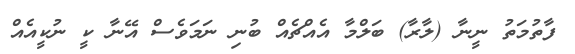
ފާތުމަތު ނީނާ (ލާރާ) ބަލްމާ އެއްޗެއް ބުނި ނަމަވެސް އޭނާ ކީ ނުކީއެއް